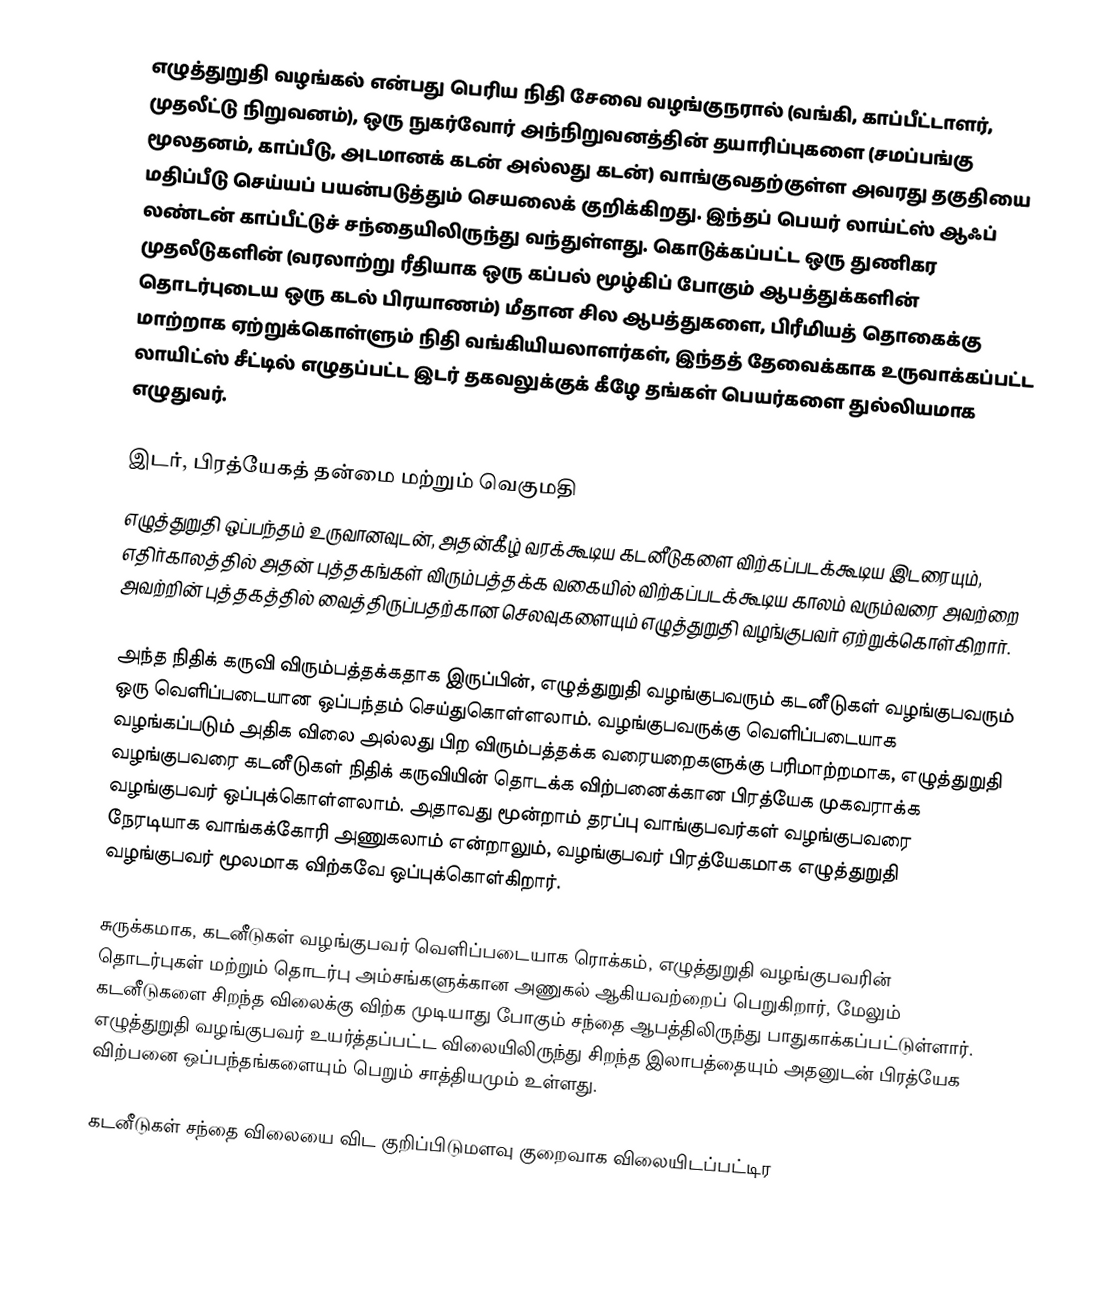
எழுத்துறுதி வழங்கல் என்பது பெரிய நிதி சேவை வழங்குநரால் (வங்கி, காப்பீட்டாளர், முதலீட்டு நிறுவனம்), ஒரு நுகர்வோர் அந்நிறுவனத்தின் தயாரிப்புகளை (சமப்பங்கு மூலதனம், காப்பீடு, அடமானக் கடன் அல்லது கடன்) வாங்குவதற்குள்ள அவரது தகுதியை மதிப்பீடு செய்யப் பயன்படுத்தும் செயலைக் குறிக்கிறது. இந்தப் பெயர் லாய்ட்ஸ் ஆஃப் லண்டன் காப்பீட்டுச் சந்தையிலிருந்து வந்துள்ளது. கொடுக்கப்பட்ட ஒரு துணிகர முதலீடுகளின் (வரலாற்று ரீதியாக ஒரு கப்பல் மூழ்கிப் போகும் ஆபத்துக்களின் தொடர்புடைய ஒரு கடல் பிரயாணம்) மீதான சில ஆபத்துகளை, பிரீமியத் தொகைக்கு மாற்றாக ஏற்றுக்கொள்ளும் நிதி வங்கியியலாளர்கள், இந்தத் தேவைக்காக உருவாக்கப்பட்ட லாயிட்ஸ் சீட்டில் எழுதப்பட்ட இடர் தகவலுக்குக் கீழே தங்கள் பெயர்களை துல்லியமாக எழுதுவர்.

இடர், பிரத்யேகத் தன்மை மற்றும் வெகுமதி
எழுத்துறுதி ஒப்பந்தம் உருவானவுடன், அதன்கீழ் வரக்கூடிய கடனீடுகளை விற்கப்படக்கூடிய இடரையும், எதிர்காலத்தில் அதன் புத்தகங்கள் விரும்பத்தக்க வகையில் விற்கப்படக்கூடிய காலம் வரும்வரை அவற்றை அவற்றின் புத்தகத்தில் வைத்திருப்பதற்கான செலவுகளையும் எழுத்துறுதி வழங்குபவர் ஏற்றுக்கொள்கிறார்.

அந்த நிதிக் கருவி விரும்பத்தக்கதாக இருப்பின், எழுத்துறுதி வழங்குபவரும் கடனீடுகள் வழங்குபவரும் ஒரு வெளிப்படையான ஒப்பந்தம் செய்துகொள்ளலாம். வழங்குபவருக்கு வெளிப்படையாக வழங்கப்படும் அதிக விலை அல்லது பிற விரும்பத்தக்க வரையறைகளுக்கு பரிமாற்றமாக, எழுத்துறுதி வழங்குபவரை கடனீடுகள் நிதிக் கருவியின் தொடக்க விற்பனைக்கான பிரத்யேக முகவராக்க வழங்குபவர் ஒப்புக்கொள்ளலாம். அதாவது மூன்றாம் தரப்பு வாங்குபவர்கள் வழங்குபவரை நேரடியாக வாங்கக்கோரி அணுகலாம் என்றாலும், வழங்குபவர் பிரத்யேகமாக எழுத்துறுதி வழங்குபவர் மூலமாக விற்கவே ஒப்புக்கொள்கிறார்.

சுருக்கமாக, கடனீடுகள் வழங்குபவர் வெளிப்படையாக ரொக்கம், எழுத்துறுதி வழங்குபவரின் தொடர்புகள் மற்றும் தொடர்பு அம்சங்களுக்கான அணுகல் ஆகியவற்றைப் பெறுகிறார், மேலும் கடனீடுகளை சிறந்த விலைக்கு விற்க முடியாது போகும் சந்தை ஆபத்திலிருந்து பாதுகாக்கப்பட்டுள்ளார். எழுத்துறுதி வழங்குபவர் உயர்த்தப்பட்ட விலையிலிருந்து சிறந்த இலாபத்தையும் அதனுடன் பிரத்யேக விற்பனை ஒப்பந்தங்களையும் பெறும் சாத்தியமும் உள்ளது.

கடனீடுகள் சந்தை விலையை விட குறிப்பிடுமளவு குறைவாக விலையிடப்பட்டிர